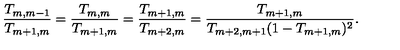
\frac { T _ { m , m - 1 } } { T _ { m + 1 , m } } = \frac { T _ { m , m } } { T _ { m + 1 , m } } = \frac { T _ { m + 1 , m } } { T _ { m + 2 , m } } = \frac { T _ { m + 1 , m } } { T _ { m + 2 , m + 1 } ( 1 - T _ { m + 1 , m } ) ^ { 2 } } .